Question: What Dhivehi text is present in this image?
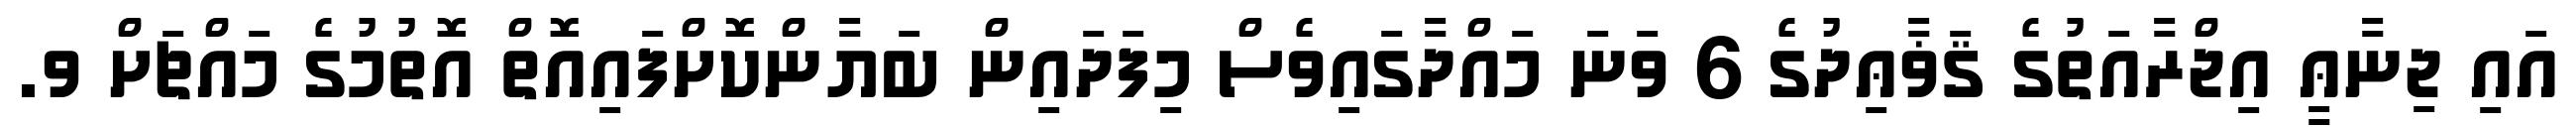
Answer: އައި ޖިނާޢީ އިޖްރާއަތުގެ ޤަޥާޢިދުގެ 6 ވަނަ މައްދާގައިވެސް މިފަދައިން ބަޔާންކޮށްފައިއޮތް އޮތުމުގެ މައްޗަށް ވ.